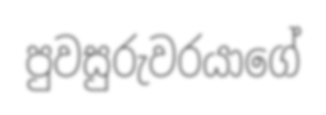
පුවසුරුවරයාගේ